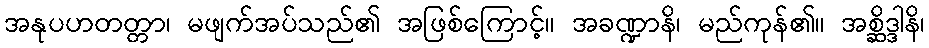
အနုပဟတတ္တာ၊ မဖျက်အပ်သည်၏ အဖြစ်ကြောင့်။ အခဏ္ဍာနိ၊ မည်ကုန်၏။ အစ္ဆိဒ္ဒါနိ၊